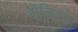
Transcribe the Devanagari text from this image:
ओलियन